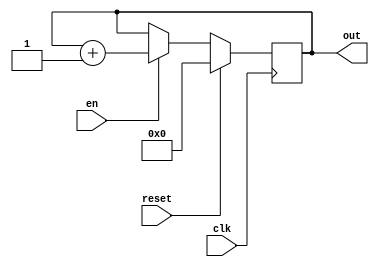
`timescale 1ns / 1ps
//////////////////////////////////////////////////////////////////////////////////
// Company: 
// Engineer: 
// 
// Design Name: 
// Module Name: counter
// Project Name: 
// Target Devices: 
// Tool Versions: 
// Description: 
// 
// Dependencies: 
// 
// Revision:
// Revision 0.01 - File Created
// Additional Comments:
// 
//////////////////////////////////////////////////////////////////////////////////


module counter(
    input clk,
    input reset,
    input en,
    output reg [29:0] out
    );
    always@(posedge clk)begin
    if (reset == 1)
        out <= 0;
    else if (en == 1)
        out <= out + 1;
    end
    
endmodule